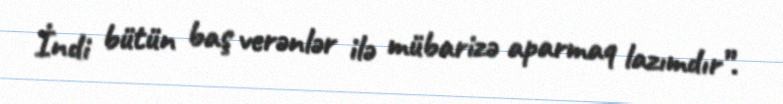
İndi bütün baş verənlər ilə mübarizə aparmaq lazımdır”.